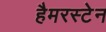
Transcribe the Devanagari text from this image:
हैमरस्टेन